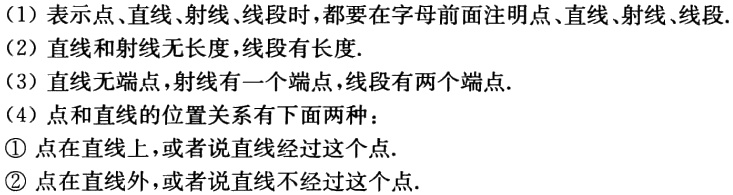
(1) 表示点、直线、射线、线段时，都要在字母前面注明点、直线、射线、线段.
(2) 直线和射线无长度，线段有长度.
(3) 直线无端点，射线有一个端点，线段有两个端点.
(4) 点和直线的位置关系有下面两种：
\textcircled{1} 点在直线上，或者说直线经过这个点.
\textcircled{2} 点在直线外，或者说直线不经过这个点.